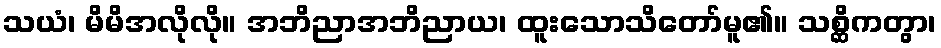
သယံ၊ မိမိအလိုလို။ အဘိညာအဘိညာယ၊ ထူးသောသိတော်မူ၏။ သစ္ဆိကတွာ၊